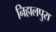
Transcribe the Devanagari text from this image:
निहालपुरा